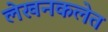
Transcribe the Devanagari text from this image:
लेखनकलेत